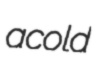
acold